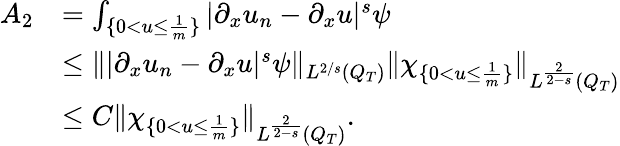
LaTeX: \begin{array}{rl}{A_{2}}&{=\int_{\{ 0<u\leq\frac{1}{m}\} }|\partial_{x}u_{n}-\partial_{x}u|^{s}\psi}\\ &{\leq\lVert|\partial_{x}u_{n}-\partial_{x}u|^{s}\psi\rVert_{L^{2/s}(Q_{T})}\lVert\chi_{\{ 0<u\leq\frac{1}{m}\} }\rVert_{L^{\frac{2}{2-s}}(Q_{T})}}\\ &{\leq C\lVert\chi_{\{ 0<u\leq\frac{1}{m}\} }\rVert_{L^{\frac{2}{2-s}}(Q_{T})}.}\end{array}